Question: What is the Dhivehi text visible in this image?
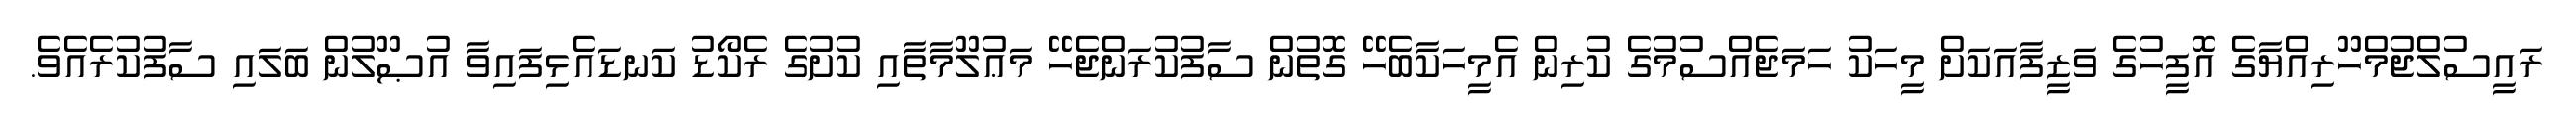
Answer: ރައީސުލްޖުމްހޫރިއްޔާގެ އޮފީހުގެ ވަޒީފާއަކަށް މީހަކު ހަމަޖެއްސުމުގެ ކުރިން އެމީހަކާބެހޭ ގޮތުން ސާފުކުރަންޖެހޭ މަޢުލޫމާތާއި ކުށުގެ ރެކޯޑު ކަނޑައެޅިފައިވާ އުޞޫލުން ބަލައި ސާފުކުރެއެވެ.